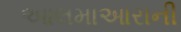
આલમાઆરાની